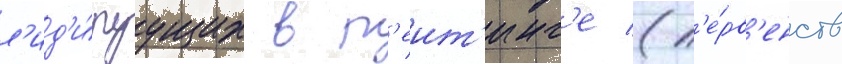
л'ид'и́руущих в р'еит'инг'е (п'е́рв'енств